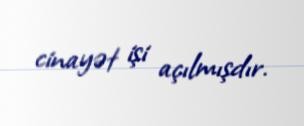
cinayət işi açılmışdır.